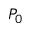
P _ { 0 }